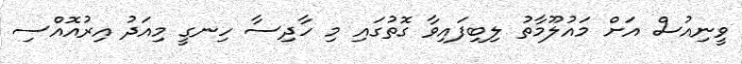
ވީނިއުސް އަށް މައުލޫމާތު ލިބިފައިވާ ގޮތުގައި މި ހާދިސާ ހިނގީ މިއަދު އިރުއޮއްސި